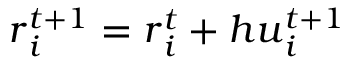
{ \boldsymbol { r } } _ { i } ^ { t + 1 } = { \boldsymbol { r } } _ { i } ^ { t } + h { \boldsymbol { u } } _ { i } ^ { t + 1 }